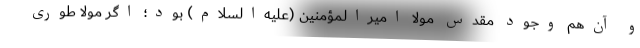
و آن‌هم وجود مقدس مولا امیرالمؤمنین (علیه‌السلام) بود؛ اگر مولا طوری